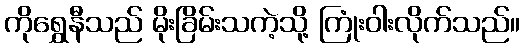
ကိုရွှေနီသည် မိုးခြိမ်းသကဲ့သို့ ကြုံးဝါးလိုက်သည်။